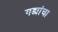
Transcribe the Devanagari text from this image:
गड्यांचा